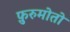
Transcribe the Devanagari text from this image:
फ़ुरुमोतो